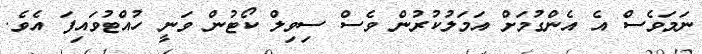
ނަމަވެސް އެ އެންގުމަށް އަމަލުކުރުން ވެސް ސިވިލް ކޯޓުން ވަނީ ހުއްޓުވައިފަ އެވެ.